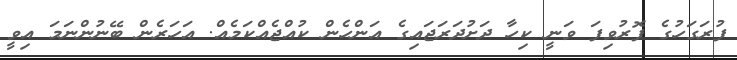
ފުރަގަހުގެ ފޮރުވިފަ ވަނީ ކިހާ ދަށުދަރަޖައިގެ އަންހެން ކުއްޖެއްކަމެއް. އަހަރެން ބޭނުންނަމަ އިވީ